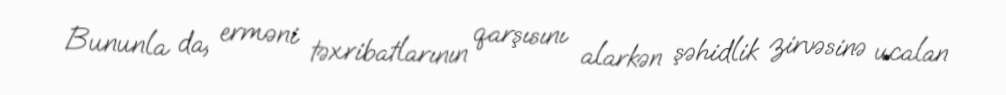
Bununla da, erməni təxribatlarının qarşısını alarkən şəhidlik zirvəsinə ucalan